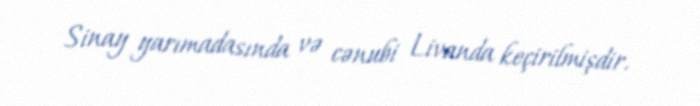
Sinay yarımadasında və cənubi Livanda keçirilmişdir.